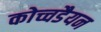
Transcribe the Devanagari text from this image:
कोच्चडैयन